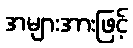
အများအားဖြင့်